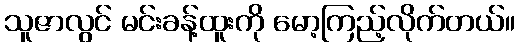
သူဇာလွင် မင်းခန့်ထူးကို မော့ကြည့်လိုက်တယ်။